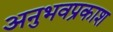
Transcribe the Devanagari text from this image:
अनुभवप्रकाश